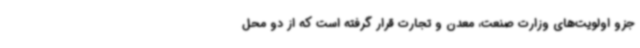
جزو اولویت‌های وزارت صنعت، معدن و تجارت قرار گرفته است که از دو محل